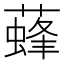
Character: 𦾌